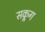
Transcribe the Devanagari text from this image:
सकूग